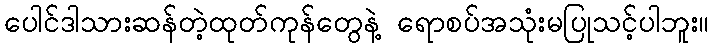
ပေါင်ဒါသားဆန်တဲ့ထုတ်ကုန်တွေနဲ့ ရောစပ်အသုံးမပြုသင့်ပါဘူး။